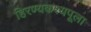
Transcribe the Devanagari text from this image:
हिरण्यकश्यपूला